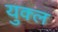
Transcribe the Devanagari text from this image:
युक्ल